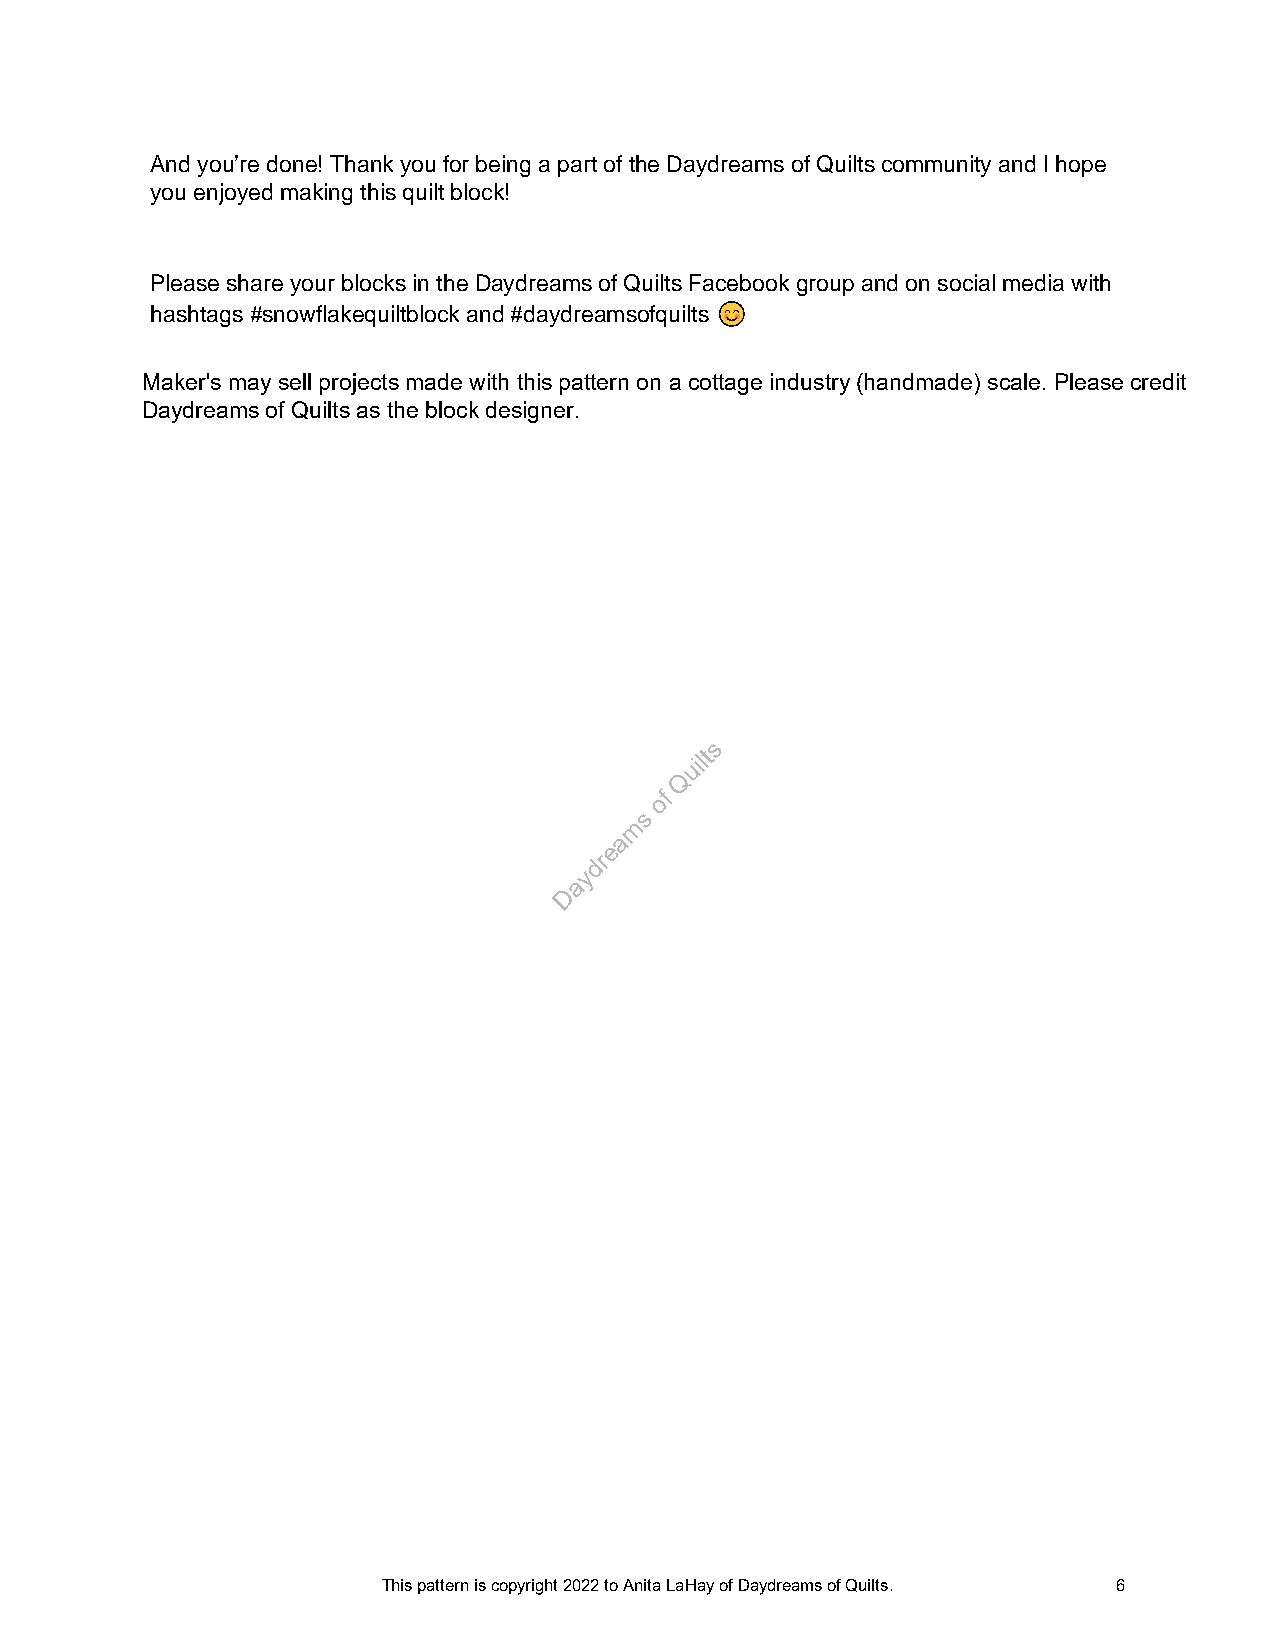
And you’re done! Thank you for being a part of the Daydreams of Quilts community and I hope
 you enjoyed making this quilt block!
 Please share your blocks in the Daydreams of Quilts Facebook group and on social media with
 hashtags #snowflakequiltblock and #daydreamsofquilts
 Maker's may sell projects made with this pattern on a cottage industry (handmade) scale. Please credit
 Daydreams of Quilts as the block designer.
 s
 uilt
 Q
 of
 s
 m
 a
 e
 dr
 y
 a
 D
 This pattern is copyright 2022 to Anita LaHay of Daydreams of Quilts. 6